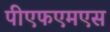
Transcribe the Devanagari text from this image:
पीएफएमएस